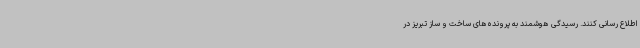
اطلاع رسانی کنند. رسیدگی هوشمند به پرونده‌های ساخت و ساز تبریز در